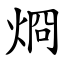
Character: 烱